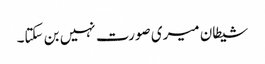
شیطان میری صورت نہیں بن سکتا۔